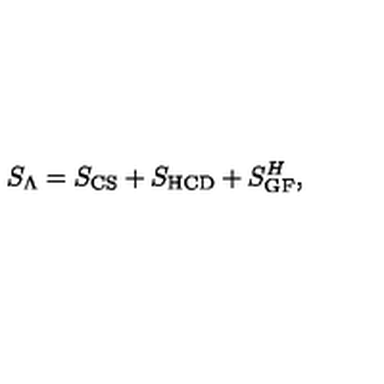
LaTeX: S _ { \Lambda } = S _ { \mathrm { C S } } + S _ { \mathrm { H C D } } + S _ { \mathrm { G F } } ^ { H } ,